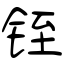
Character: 铚